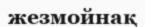
жезмойнақ